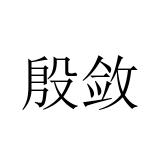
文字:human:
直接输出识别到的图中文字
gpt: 殷敛